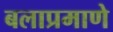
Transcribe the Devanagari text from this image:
बलाप्रमाणे